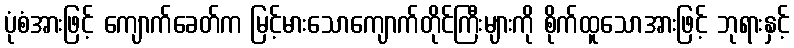
ပုံစံအားဖြင့် ကျောက်ခေတ်က မြင့်မားသောကျောက်တိုင်ကြီးများကို စိုက်ထူသောအားဖြင့် ဘုရားနှင့်